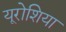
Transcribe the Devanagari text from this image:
यूरोशिया